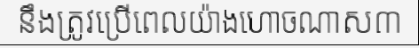
នឹងត្រូវប្រើពេលយ៉ាងហោចណាស៣